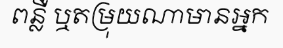
ពន្លឺ ឬតម្រុយណាមានអ្នក